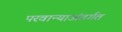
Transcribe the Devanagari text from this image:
परवान्याअंतर्गत